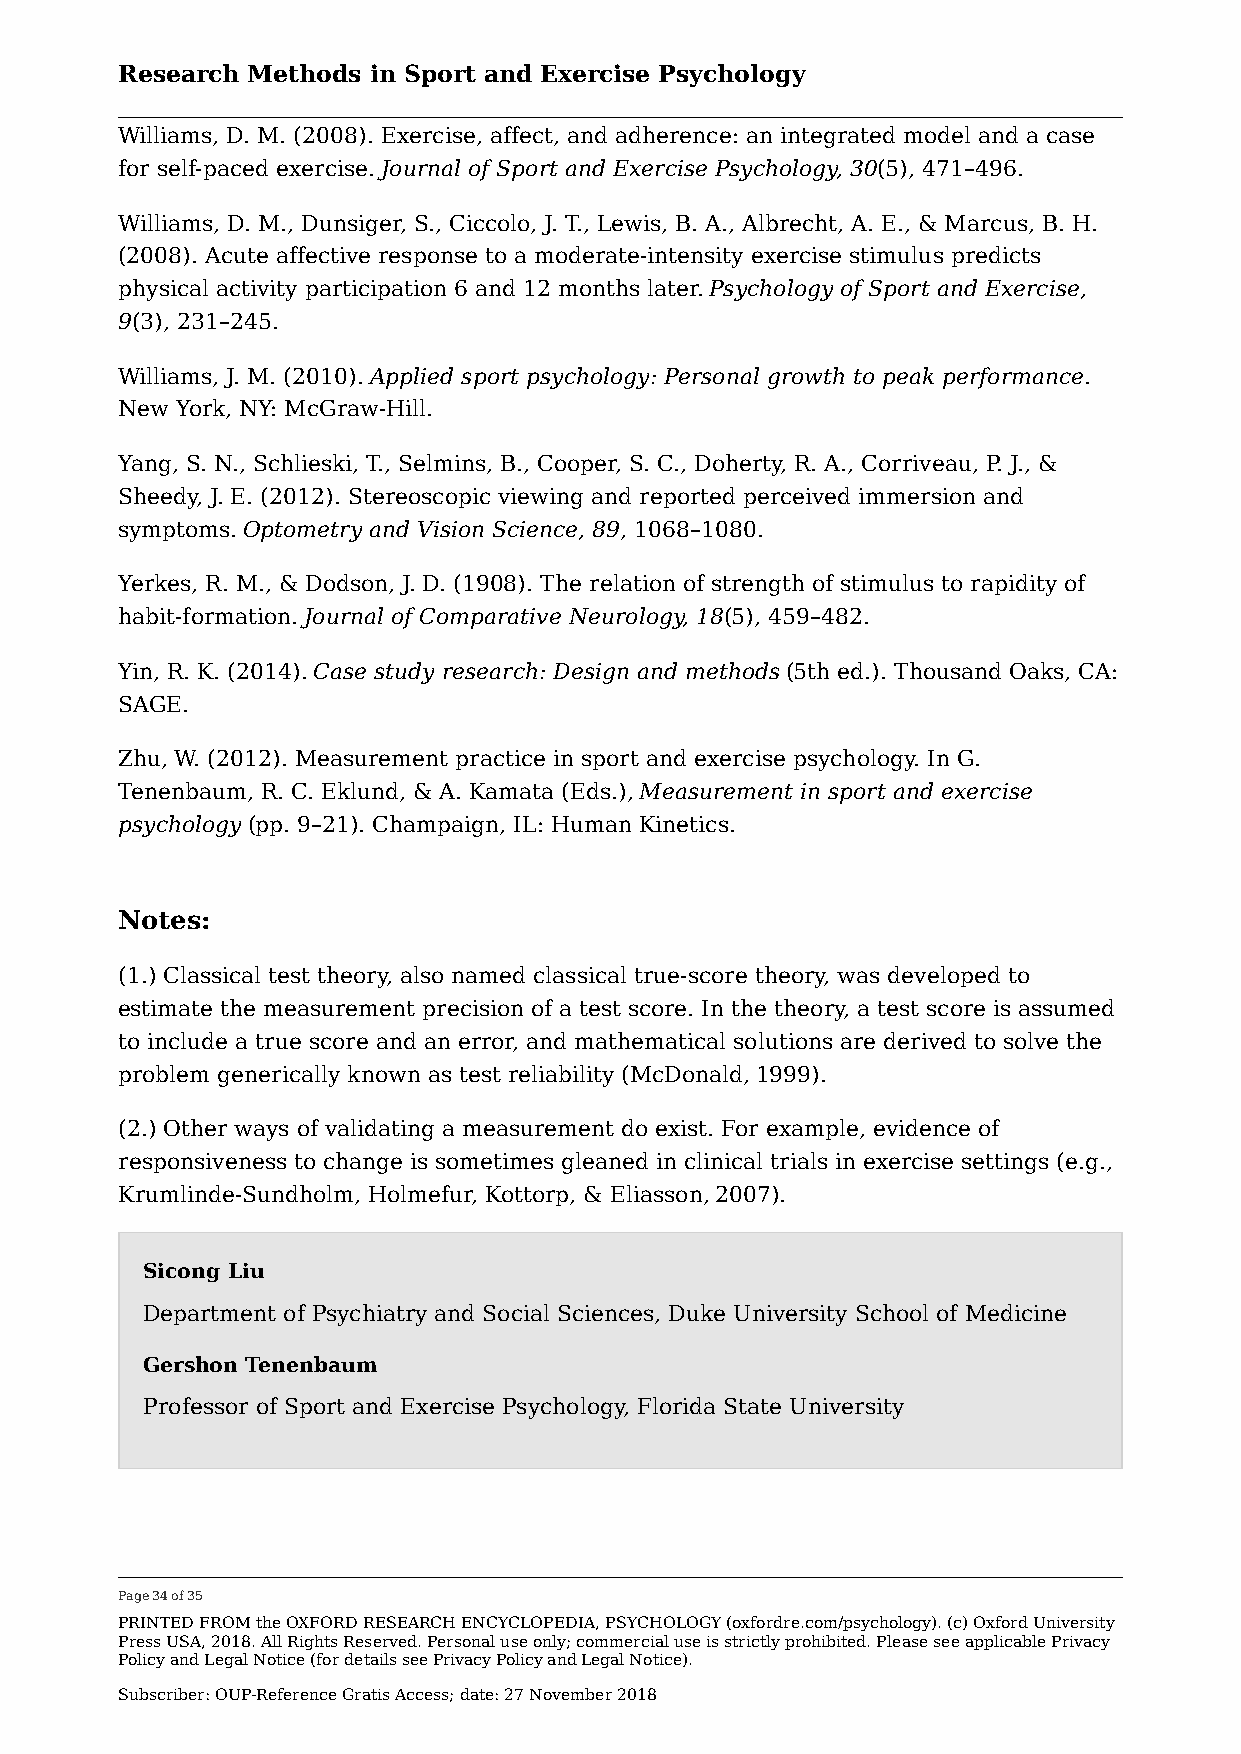
Research Methods in Sport and Exercise Psychology
 Williams, D. M. (2008). Exercise, affect, and adherence: an integrated model and a case
 for self-paced exercise. Journal of Sport and Exercise Psychology, 30(5), 471–496.
 Williams, D. M., Dunsiger, S., Ciccolo, J. T., Lewis, B. A., Albrecht, A. E., & Marcus, B. H.
 (2008). Acute affective response to a moderate-intensity exercise stimulus predicts
 physical activity participation 6 and 12 months later. Psychology of Sport and Exercise,
 9(3), 231–245.
 Williams, J. M. (2010). Applied sport psychology: Personal growth to peak performance.
 New York, NY: McGraw-Hill.
 Yang, S. N., Schlieski, T., Selmins, B., Cooper, S. C., Doherty, R. A., Corriveau, P. J., &
 Sheedy, J. E. (2012). Stereoscopic viewing and reported perceived immersion and
 symptoms. Optometry and Vision Science, 89, 1068–1080.
 Yerkes, R. M., & Dodson, J. D. (1908). The relation of strength of stimulus to rapidity of
 habit-formation. Journal of Comparative Neurology, 18(5), 459–482.
 Yin, R. K. (2014). Case study research: Design and methods (5th ed.). Thousand Oaks, CA:
 SAGE.
 Zhu, W. (2012). Measurement practice in sport and exercise psychology. In G.
 Tenenbaum, R. C. Eklund, & A. Kamata (Eds.), Measurement in sport and exercise
 psychology (pp. 9–21). Champaign, IL: Human Kinetics.
 Notes:
 (1.) Classical test theory, also named classical true-score theory, was developed to
 estimate the measurement precision of a test score. In the theory, a test score is assumed
 to include a true score and an error, and mathematical solutions are derived to solve the
 problem generically known as test reliability (McDonald, 1999).
 (2.) Other ways of validating a measurement do exist. For example, evidence of
 responsiveness to change is sometimes gleaned in clinical trials in exercise settings (e.g.,
 Krumlinde-Sundholm, Holmefur, Kottorp, & Eliasson, 2007).
 Sicong Liu
 Department of Psychiatry and Social Sciences, Duke University School of Medicine
 Gershon Tenenbaum
 Professor of Sport and Exercise Psychology, Florida State University
 Page 34 of 35
 PRINTED FROM the OXFORD RESEARCH ENCYCLOPEDIA, PSYCHOLOGY (oxfordre.com/psychology). (c) Oxford University
 Press USA, 2018. All Rights Reserved. Personal use only; commercial use is strictly prohibited. Please see applicable Privacy
 Policy and Legal Notice (for details see Privacy Policy and Legal Notice).
 Subscriber: OUP-Reference Gratis Access; date: 27 November 2018